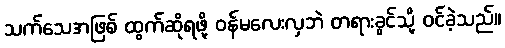
သက်သေအဖြစ် ထွက်ဆိုရဖို့ ဝန်မလေးလှဘဲ တရားခွင်သို့ ဝင်ခဲ့သည်။